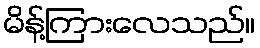
မိန့်ကြားလေသည်။